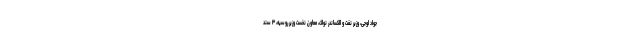
جواد اوجی،‌ وزیر نفت و الکساندر نواک، معاون نخست وزیر روسیه، ۳ سند